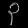
Digit: ၃